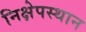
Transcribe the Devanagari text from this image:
निक्षेपस्थान